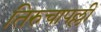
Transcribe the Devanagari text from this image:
तिरुचापल्ली